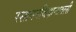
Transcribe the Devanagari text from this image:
रसायनविज्ञानातली